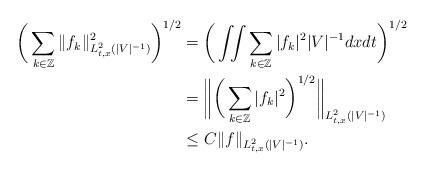
LaTeX: \begin{align*}\bigg(\sum_{k\in\mathbb{Z}}\|f_k\|_{L_{t,x}^2(|V|^{-1})}^2\bigg)^{1/2}&=\bigg(\iint\sum_{k\in\mathbb{Z}}|f_k|^2|V|^{-1}dxdt\bigg)^{1/2}\\&=\bigg\|\bigg(\sum_{k\in\mathbb{Z}}|f_k|^2\bigg)^{1/2}\bigg\|_{L_{t,x}^2(|V|^{-1})}\\&\leq C\|f\|_{L_{t,x}^2(|V|^{-1})}.\end{align*}